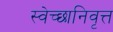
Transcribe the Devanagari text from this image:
स्वेच्छानिवृत्त